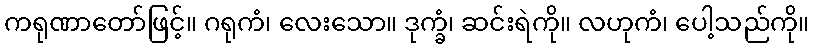
ကရုဏာတော်ဖြင့်။ ဂရုကံ၊ လေးသော။ ဒုက္ခံ၊ ဆင်းရဲကို။ လဟုကံ၊ ပေါ့သည်ကို။